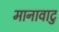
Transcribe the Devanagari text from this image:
मानावाटु